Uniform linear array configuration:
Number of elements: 12
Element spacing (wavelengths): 0.5
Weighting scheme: kaiser
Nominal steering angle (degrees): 0
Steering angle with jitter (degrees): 1.362
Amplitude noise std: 0.05
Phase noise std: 0.05

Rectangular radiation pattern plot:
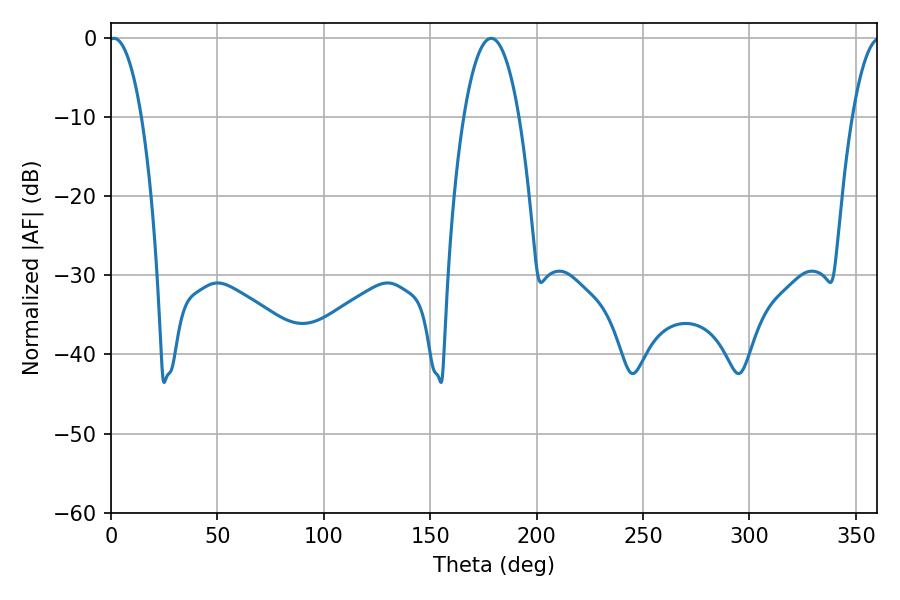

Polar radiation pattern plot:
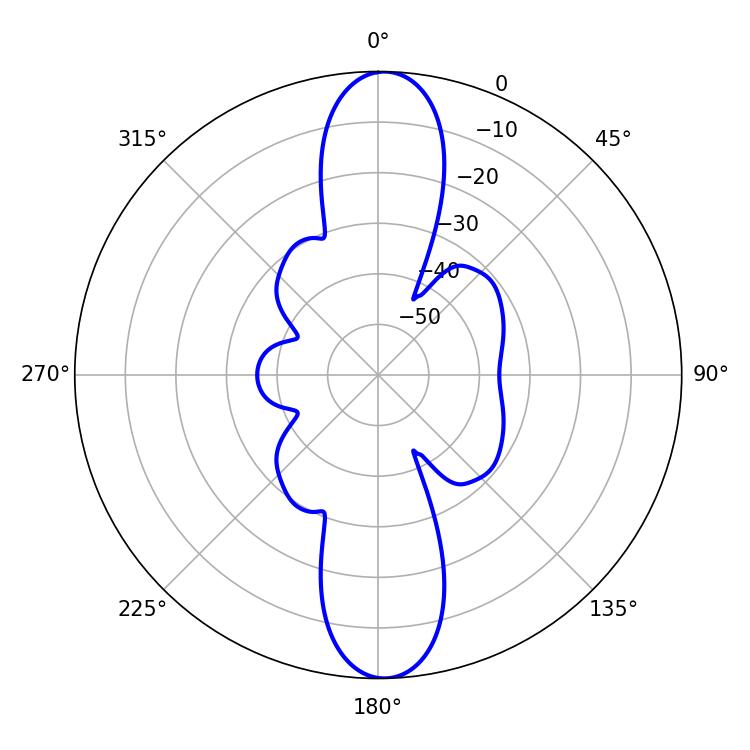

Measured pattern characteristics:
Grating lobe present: FALSE
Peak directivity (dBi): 22.107
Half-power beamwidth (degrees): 8.64
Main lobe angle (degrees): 1.44